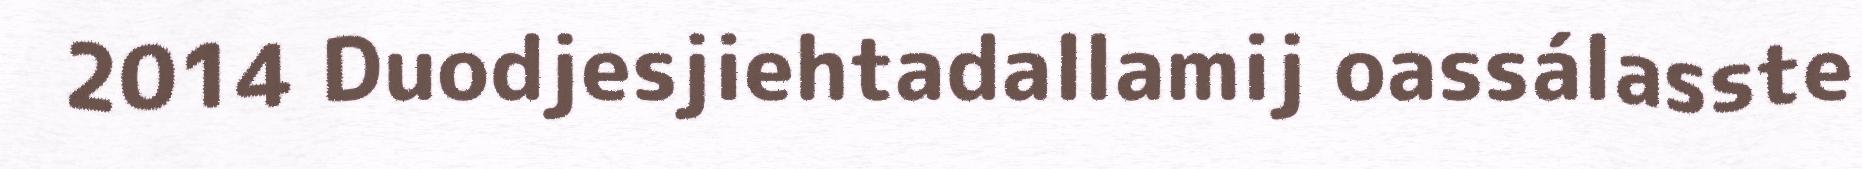
2014 Duodjesjiehtadallamij oassálasste